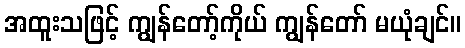
အထူးသဖြင့် ကျွန်တော့်ကိုယ် ကျွန်တော် မယုံချင်။